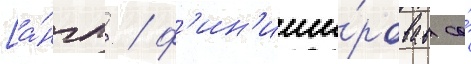
[а́нгл. / ф'ин'иши́ровав со́